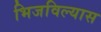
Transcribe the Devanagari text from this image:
भिजविल्यास